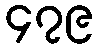
၄၇၉